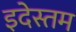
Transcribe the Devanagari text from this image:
इदेस्तम